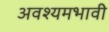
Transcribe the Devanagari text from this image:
अवश्यमभावी